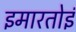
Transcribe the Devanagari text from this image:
इमारतोइं